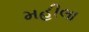
મહીલા